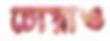
চোয়াও